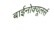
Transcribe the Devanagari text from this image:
बाईनोक्यूलर्स